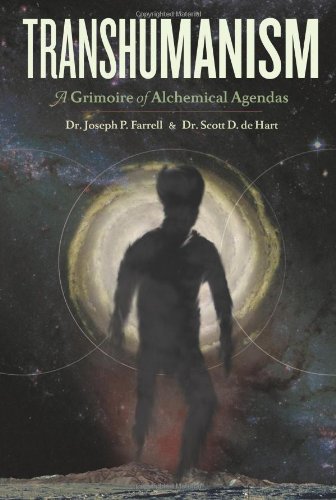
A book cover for Transhumanism: A Grimoire of Alchemical Agendas; Scott D de Hart; Politics & Social Sciences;